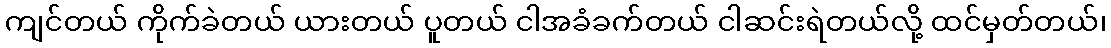
ကျင်တယ် ကိုက်ခဲတယ် ယားတယ် ပူတယ် ငါအခံခက်တယ် ငါဆင်းရဲတယ်လို့ ထင်မှတ်တယ်၊